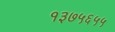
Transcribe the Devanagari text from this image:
१३७५६५५